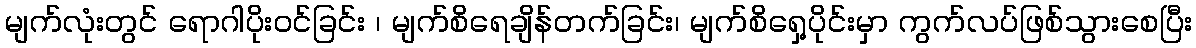
မျက်လုံးတွင် ရောဂါပိုးဝင်ခြင်း ၊ မျက်စိရေချိန်တက်ခြင်း၊ မျက်စိရှေ့ပိုင်းမှာ ကွက်လပ်ဖြစ်သွားစေပြီး